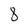
Character: 8